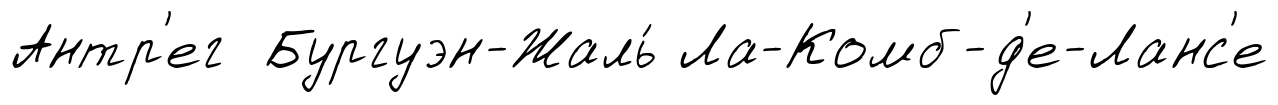
Антр'ег Бургуэн-Жаль́ Ла-Комб-д'е-Ланс'е